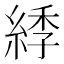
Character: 𦁳